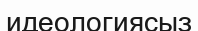
идеологиясыз